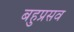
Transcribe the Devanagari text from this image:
बहुप्रसव